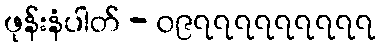
ဖုန်းနံပါတ် - ၀၉၇၇၇၇၇၇၇၇၇